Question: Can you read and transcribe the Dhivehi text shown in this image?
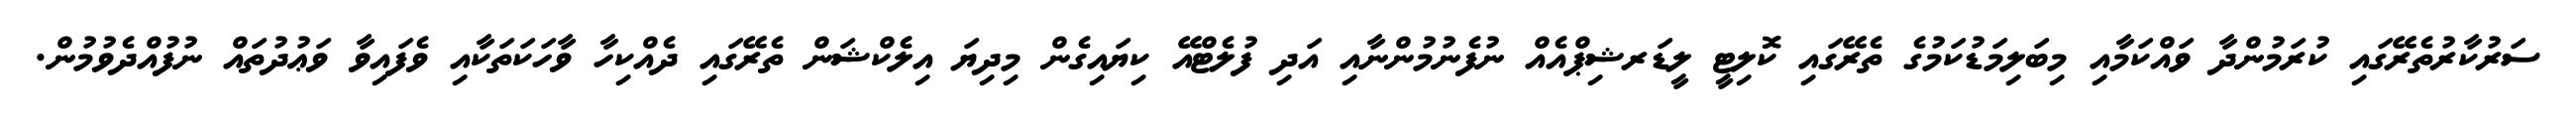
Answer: ސަރުކާރުތެރޭގައި ކުރަމުންދާ ވައްކަމާއި މިބަލިމަޑުކަމުގެ ތެރޭގައި ކޮލިޓީ ލީޑަރޝިޕްއެއް ނުފެނުމުންނާއި އަދި ފުލެޓްއޭ ކިޔައިގެން މިދިޔަ އިލެކްޝަން ތެރޭގައި ދެއްކިހާ ވާހަކަތަކާއި ވެފައިވާ ވަޢުދުތައް ނުފުއްދެވުމުން.